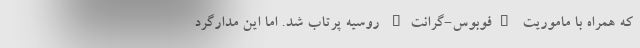
که همراه با ماموریت "فوبوس-گرانت" روسیه پرتاب شد. اما این مدارگرد